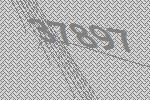
37897